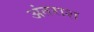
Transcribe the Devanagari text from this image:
अंतराश